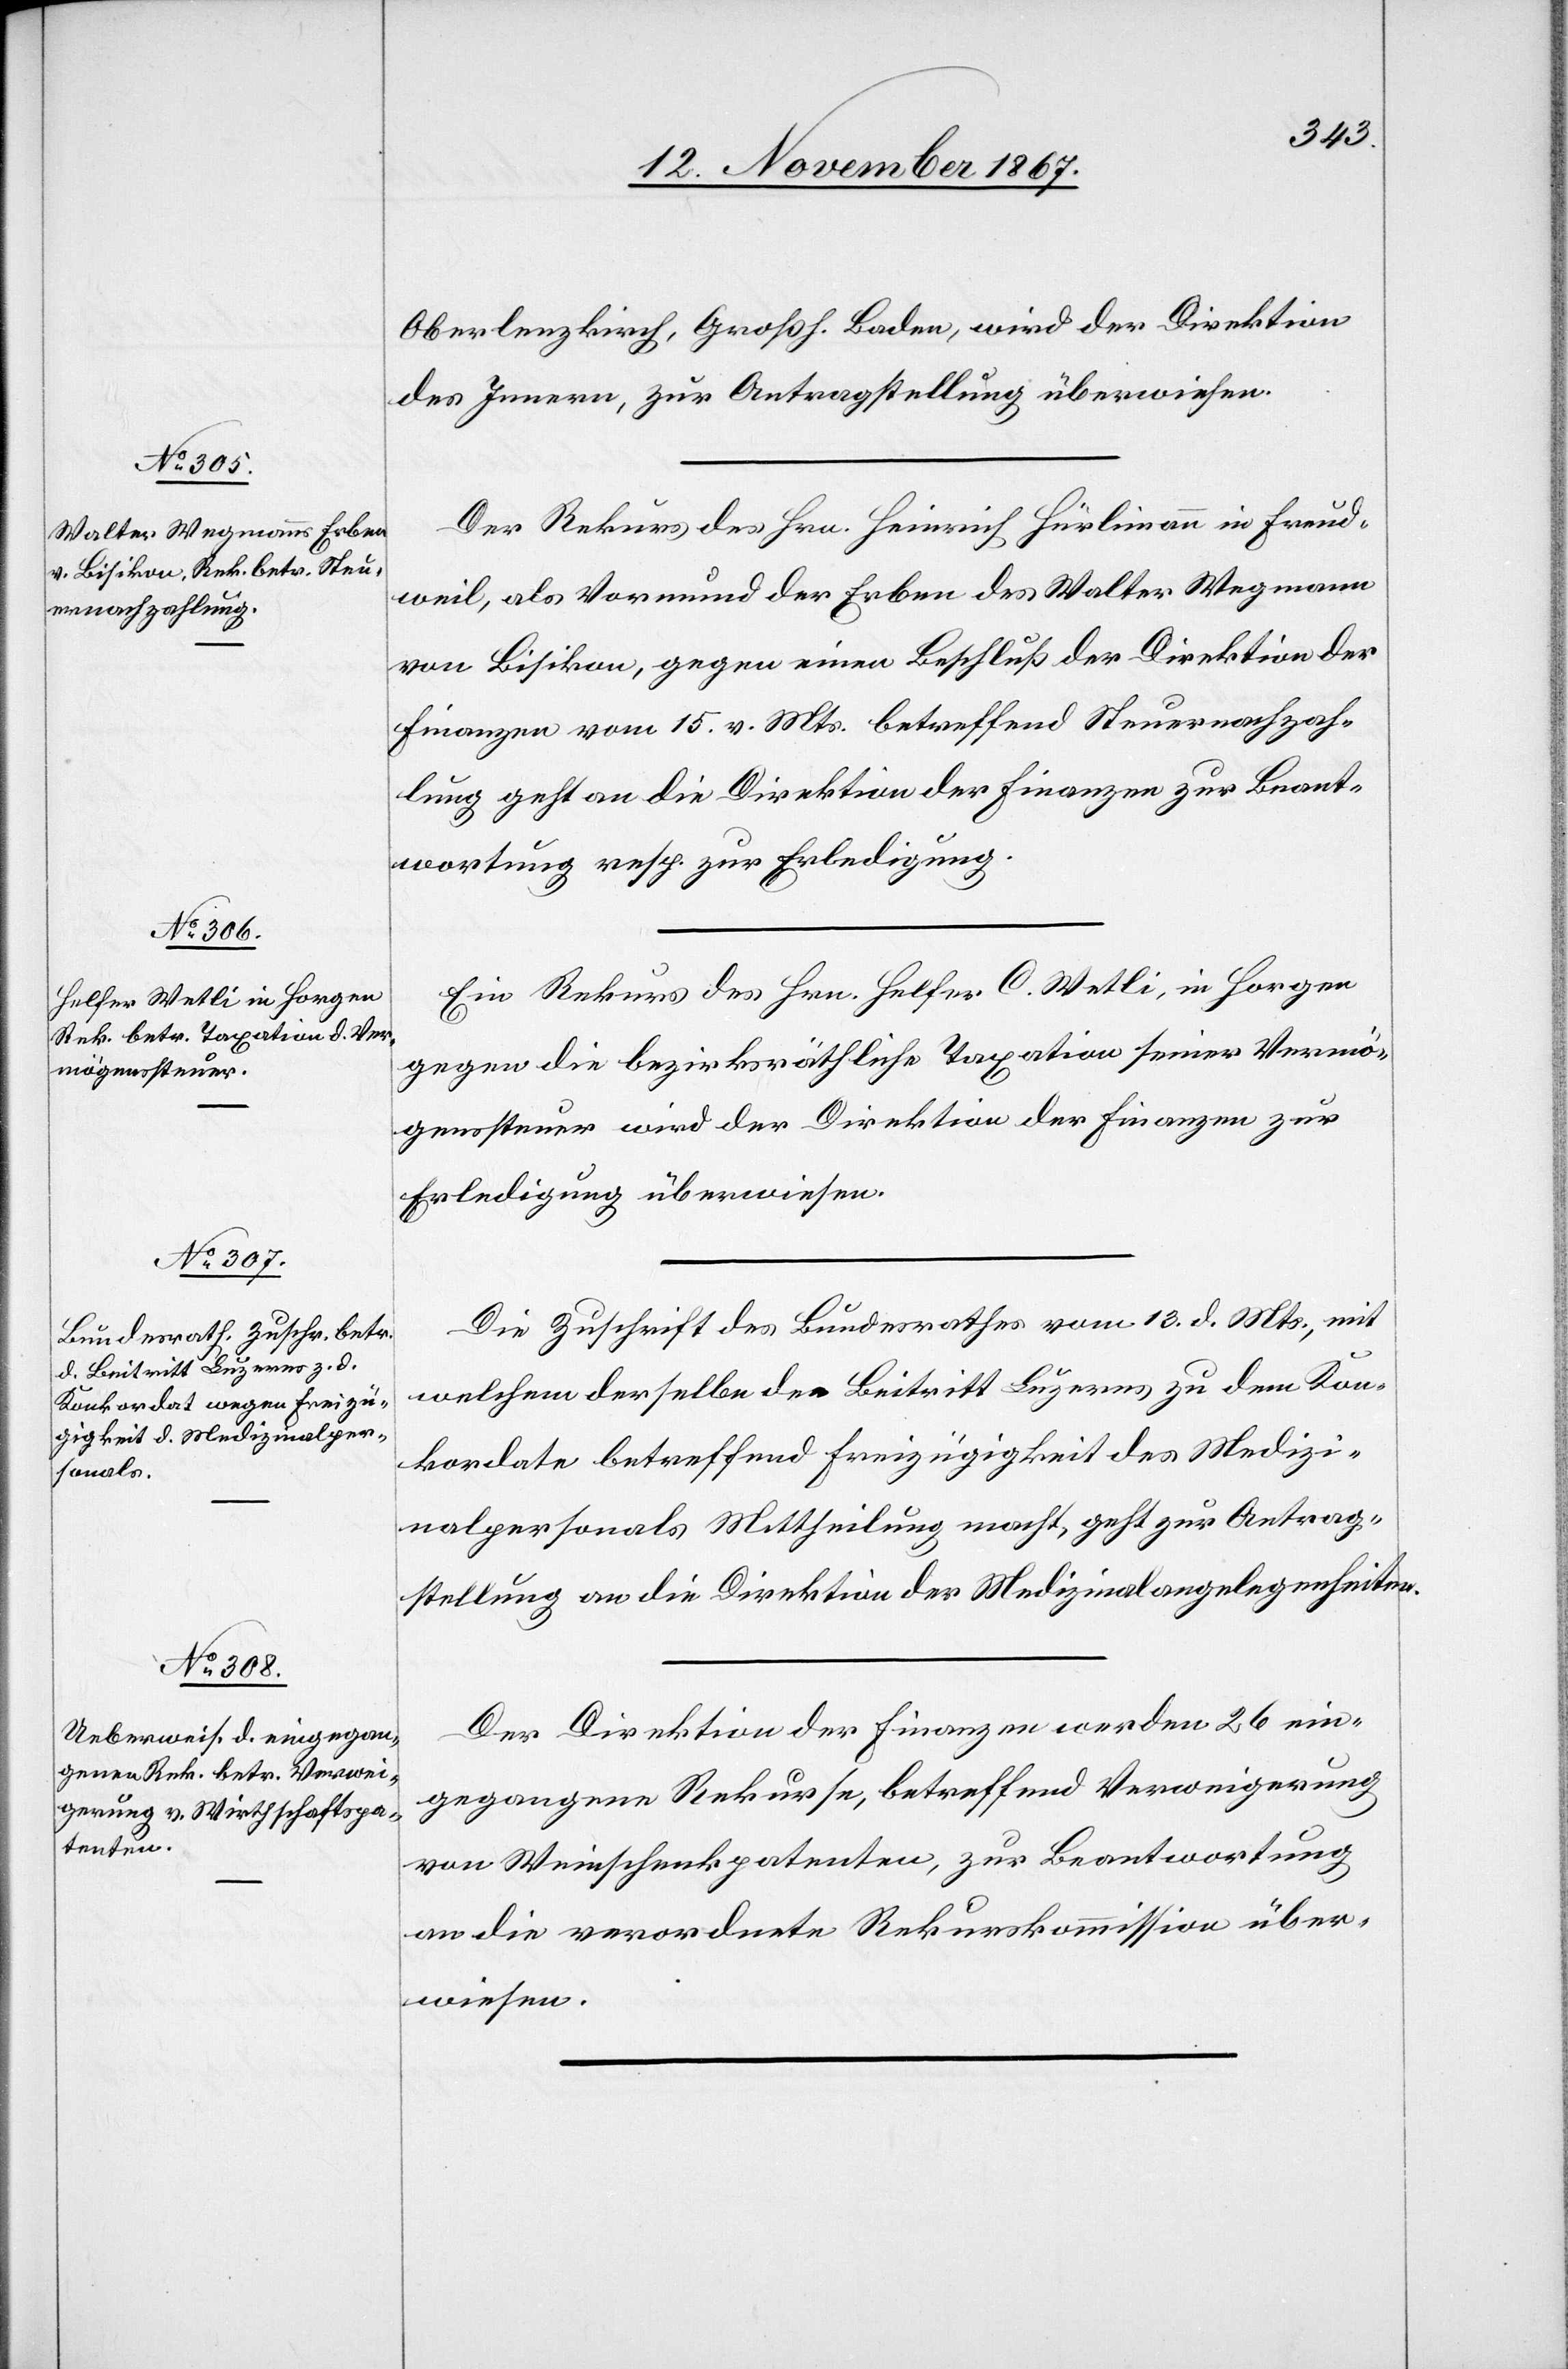
14. November 1867.]
Oberlenzkirch, Großh. Baden, wird der Direktion
des Innern , zur Antragstellung überwiesen.
Der Rekurs des Hrn. Heinrich Hürlimann in Freud¬
weil, als Vormund der Erben des Walter Wegmann
von Bisikon, gegen einen Beschluß der Direktion der
Finanzen vom 15. v. Mts. betreffend Steuernachzah¬
lung geht an die Direktion der Finanzen zur Beant¬
wortung resp. zur Erledigung.
Ein Rekurs des Hrn. Helfer C. Wetli, in Horgen
gegen die bezirksräthliche Taxation seiner Vermö¬
genssteuer wird der Direktion der Finanzen zur
Erledigung überwiesen.
Die Zuschrift des Bundesrathes vom 13. d. Mts., mit
welchem derselbe den Beitritt Luzerns zu dem Kon¬
kordate betreffend Freizügigkeit des Medizi¬
nalpersonals Mittheilung macht, geht zur Antrag¬
stellung an die Direktion der Medizinalangelegenheiten.
Der Direktion der Finanzen werden 26 ein¬
gegangene Rekurse, betreffend Verweigerung
von Weinschenkpatenten, zur Beantwortung
an die verordnete Rekurskommission über¬
wiesen.